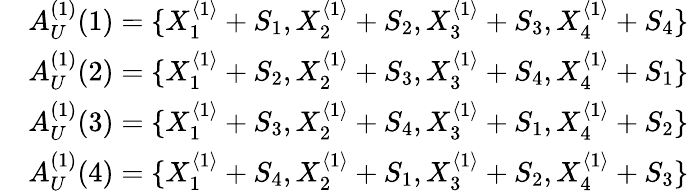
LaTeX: \begin{array}{rl}&{A_{U}^{(1)}(1)=\{ X_{1}^{\langle 1\rangle}+S_{1},X_{2}^{\langle 1\rangle}+S_{2},X_{3}^{\langle 1\rangle}+S_{3},X_{4}^{\langle 1\rangle}+S_{4}\} }\\ &{A_{U}^{(1)}(2)=\{ X_{1}^{\langle 1\rangle}+S_{2},X_{2}^{\langle 1\rangle}+S_{3},X_{3}^{\langle 1\rangle}+S_{4},X_{4}^{\langle 1\rangle}+S_{1}\} }\\ &{A_{U}^{(1)}(3)=\{ X_{1}^{\langle 1\rangle}+S_{3},X_{2}^{\langle 1\rangle}+S_{4},X_{3}^{\langle 1\rangle}+S_{1},X_{4}^{\langle 1\rangle}+S_{2}\} }\\ &{A_{U}^{(1)}(4)=\{ X_{1}^{\langle 1\rangle}+S_{4},X_{2}^{\langle 1\rangle}+S_{1},X_{3}^{\langle 1\rangle}+S_{2},X_{4}^{\langle 1\rangle}+S_{3}\} }\end{array}